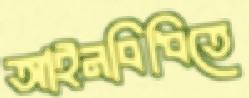
আইনবিধিতে